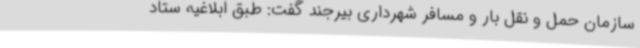
سازمان حمل و نقل بار و مسافر شهرداری بیرجند گفت: طبق ابلاغیه‌ ستاد